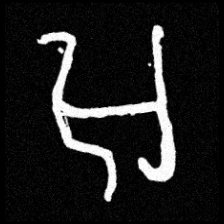
Pyu character \u2014 Myanmar letter: အ (romanized: a)